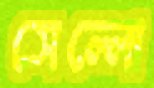
সেল্লো